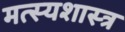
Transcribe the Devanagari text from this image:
मत्स्यशास्त्र